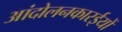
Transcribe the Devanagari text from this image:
आंदोलनकारईयों